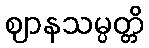
ဈာနသမ္ပတ္တိ